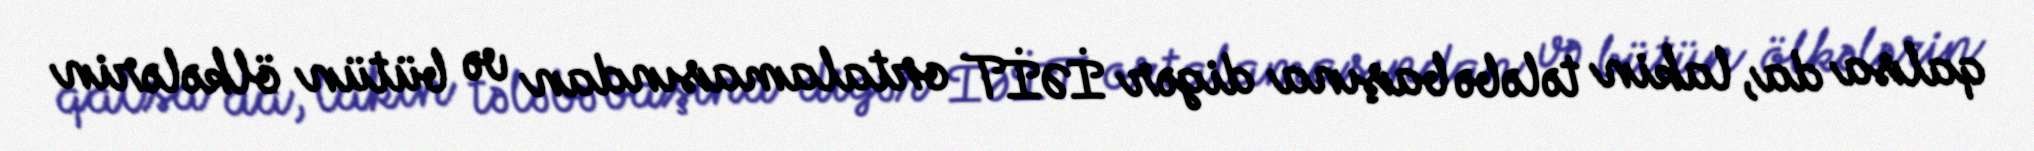
qalsa da, lakin tələbə başına digər İƏİT ortalamasından və bütün ölkələrin